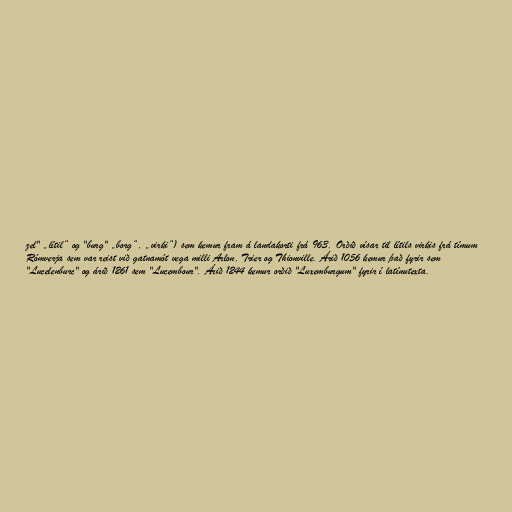
zel" „lítil“ og "burg" „borg“, „virki“) sem kemur fram á landakorti frá 963. Orðið vísar til lítils virkis frá tímum
Rómverja sem var reist við gatnamót vega milli Arlon, Trier og Thionville. Árið 1056 kemur það fyrir sem
"Lucelenburc" og árið 1261 sem "Lucembour". Árið 1244 kemur orðið "Luxemburgum" fyrir í latínutexta.